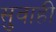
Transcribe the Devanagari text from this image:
सुवाही